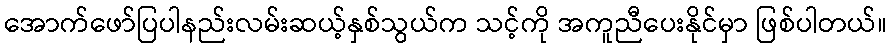
အောက်ဖော်ပြပါနည်းလမ်းဆယ့်နှစ်သွယ်က သင့်ကို အကူညီပေးနိုင်မှာ ဖြစ်ပါတယ်။